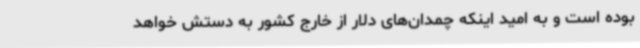
بوده است و به امید اینکه چمدان‌های دلار از خارج کشور به دستش خواهد